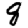
Digit: 8